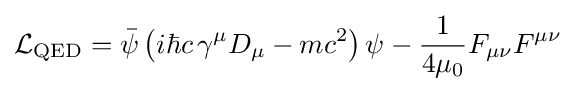
{\mathcal {L}}_{\text{QED}}={\bar {\psi }}\left(i\hbar c\,\gamma ^{\mu }D_{\mu }-mc^{2}\right)\psi -{\frac {1}{4\mu _{0}}}F_{\mu \nu }F^{\mu \nu }